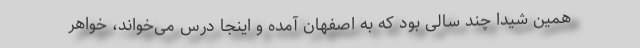
همین شیدا چند سالی بود که به اصفهان آمده و اینجا درس می‌خواند، خواهر